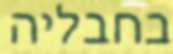
בחבליה